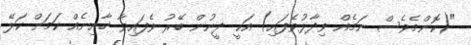
"(ކޮންމެވެސް ނަމެއް ވިދާޅުވެފައި) އަކީ ދީނުން ބޭރު ވެފައިވާ ޚާއިނެއް ކަމަށް ކަލޭ